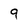
Character: 9